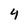
Character: 4